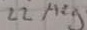
Text: 22Meg